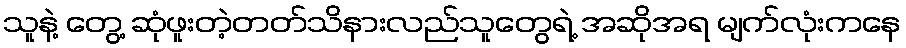
သူနဲ့ တွေ့ ဆုံဖူးတဲ့တတ်သိနားလည်သူတွေရဲ့ အဆိုအရ မျက်လုံးကနေ